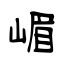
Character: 嵋